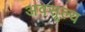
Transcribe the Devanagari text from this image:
अवसूल्य